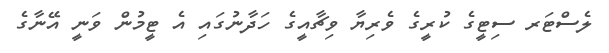
ލެސްޓަރ ސިޓީގެ ކުރީގެ ވެރިޔާ ވިޗާއީގެ ހަދާނުގައި އެ ޓީމުން ވަނީ އޭނާގެ